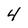
Character: 4